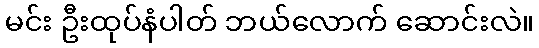
မင်း ဦးထုပ်နံပါတ် ဘယ်လောက် ဆောင်းလဲ။